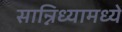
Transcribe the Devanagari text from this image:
सान्निध्यामध्ये